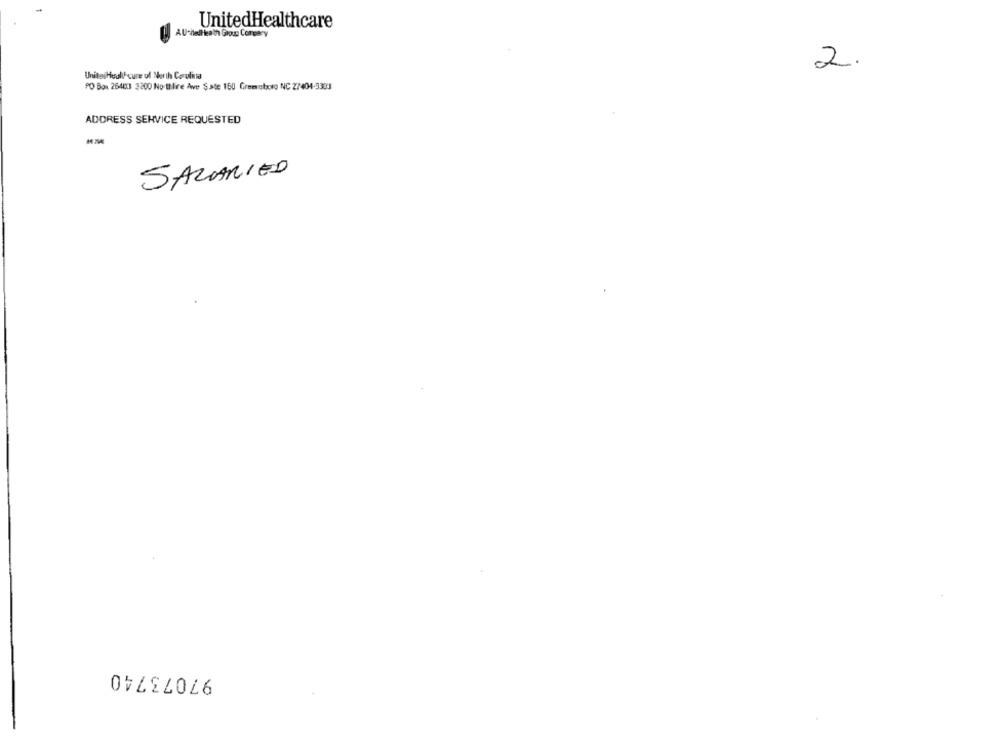
UnitedHealthcare
AU-iledHeath Group Congery
2.
UnitesHuall'cure uf North Carolina
PO Box. 26483 3200 No thlire Ave $.ste 150 Gremoto NC 27404-3303
ADDRESS SERVICE REQUESTED
SALARIED
97073740